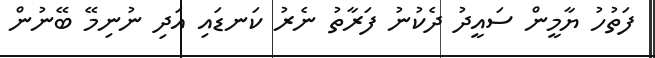
ފަތުހު ޔާމީން ސައީދު ދެކުނު ފަރާތު ނެރު ކަނޑައި އަދި ނުނިމޭ ބޭނުން